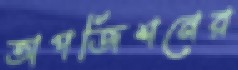
অপজিশনের